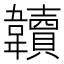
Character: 韥